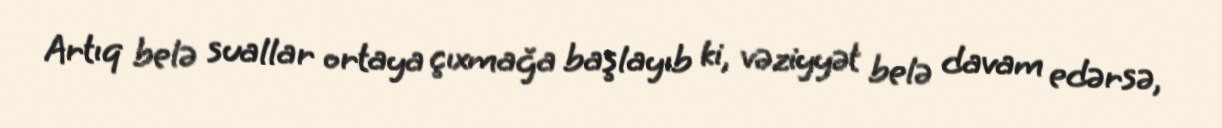
Artıq belə suallar ortaya çıxmağa başlayıb ki, vəziyyət belə davam edərsə,